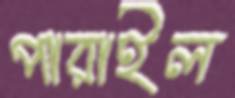
পারাইল